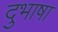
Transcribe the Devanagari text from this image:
दुभाषा